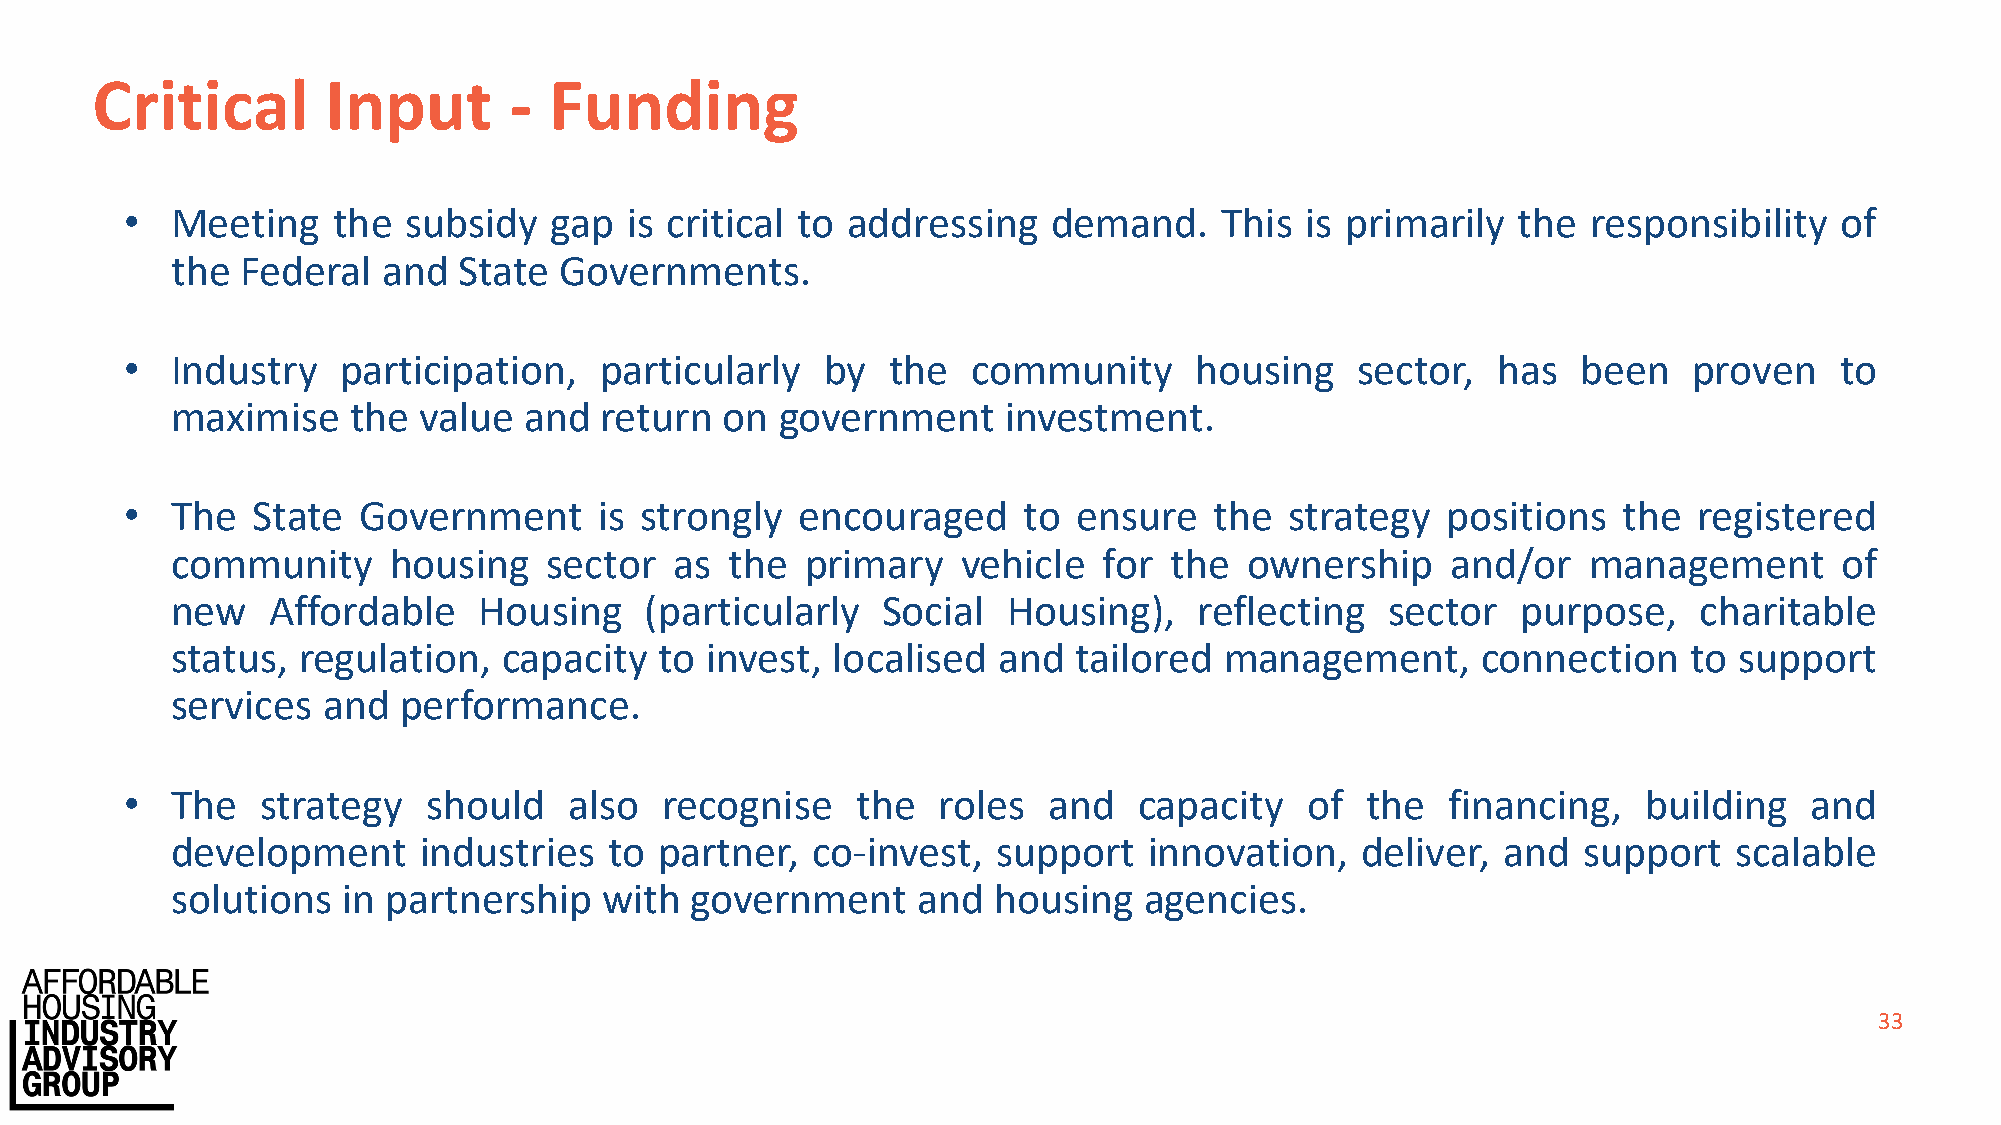
Critical        Input       - Funding
 •  Meeting    the  subsidy  gap  is critical to addressing    demand.    This is primarily  the  responsibility   of
 the  Federal  and  State  Governments.
 •  Industry   participation,    particularly  by   the  community      housing    sector,  has   been   proven    to
 maximise    the  value  and  return  on  government     investment.
 •  The   State  Government      is strongly  encouraged     to ensure   the  strategy   positions  the  registered
 community      housing   sector   as the  primary    vehicle  for the   ownership    and/or   management       of
 new    Affordable    Housing    (particularly  Social   Housing),   reflecting   sector   purpose,   charitable
 status,  regulation,  capacity   to invest, localised  and  tailored  management,      connection    to support
 services  and  performance.
 •  The   strategy   should    also  recognise    the  roles  and   capacity   of  the   financing,   building   and
 development      industries  to  partner,  co-invest,  support   innovation,   deliver, and   support   scalable
 solutions   in partnership   with  government     and  housing   agencies.
 33